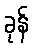
ခုန်